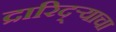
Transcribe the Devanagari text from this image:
द्रारिद्‌र्‍याचा